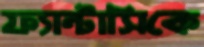
ফ্যান্টাসিকে